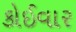
કોઈવાર